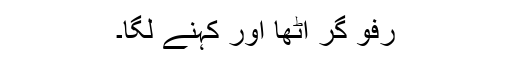
رفو گر اٹھا اور کہنے لگا۔